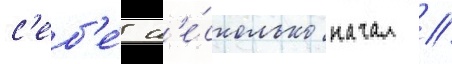
с'еб'е́ н'е́сколько начал //